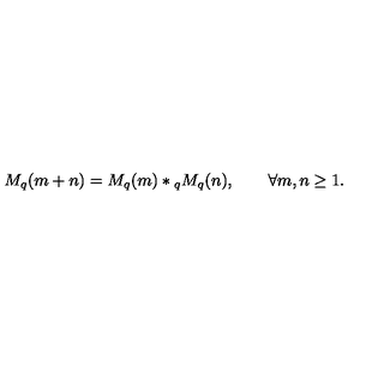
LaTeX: M _ { q } ( m + n ) = M _ { q } ( m ) * { } _ { q } M _ { q } ( n ) , \qquad \forall m , n \ge 1 .